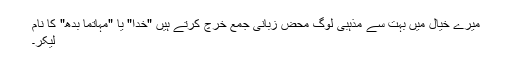
میرے خیال میں بہت سے مذہبی لوگ محض زبانی جمع خرچ کرتے ہیں "خدا" یا "مہاتما بدھ" کا نام
لیکر۔